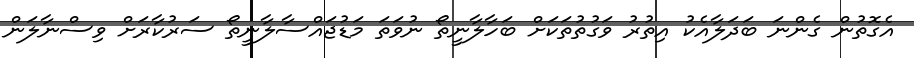
އެގޮތުން ގެންނަ ބަދަލާއެކު އިތުރު ވަގުތުތަކަށް ބަހާލާނީތޯ ނުވަތަ މަޑުޖައްސާލާނީތޯ ސަރުކާރަށް ވިސްނާލަން